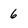
Character: 6